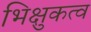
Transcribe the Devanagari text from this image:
भिक्षुकत्व